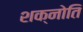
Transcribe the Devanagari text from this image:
शक्नोति